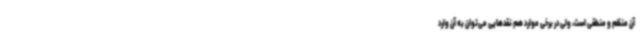
آن منظم و منطقی است، ولی در برخی موارد هم نقدهایی می‌توان به آن وارد